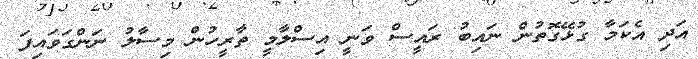
އަދި އެކަމާ ގުޅޭގޮތުން ނައިބު ރައީސް ވަނީ އިސްލާމީ ތާރީހުން މިސާލު ނަންގަވައިފަ